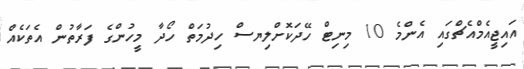
އައިޖީއެމްއެޗްގައި އެންމެ 10 މިނިޓް ހޭދަކޮށްލިޔސް ހިދުމަތް ހޯދާ މީހުންގެ ފަރާތުން އެތަކެއް